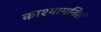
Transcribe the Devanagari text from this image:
काश्यामनिशं